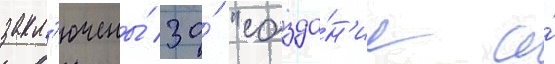
закл'ючены́ за́ "созда́н'ие и́